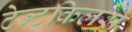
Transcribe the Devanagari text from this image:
टेन्टकिलस